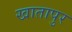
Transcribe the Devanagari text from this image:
खातापुर